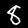
Label: 8